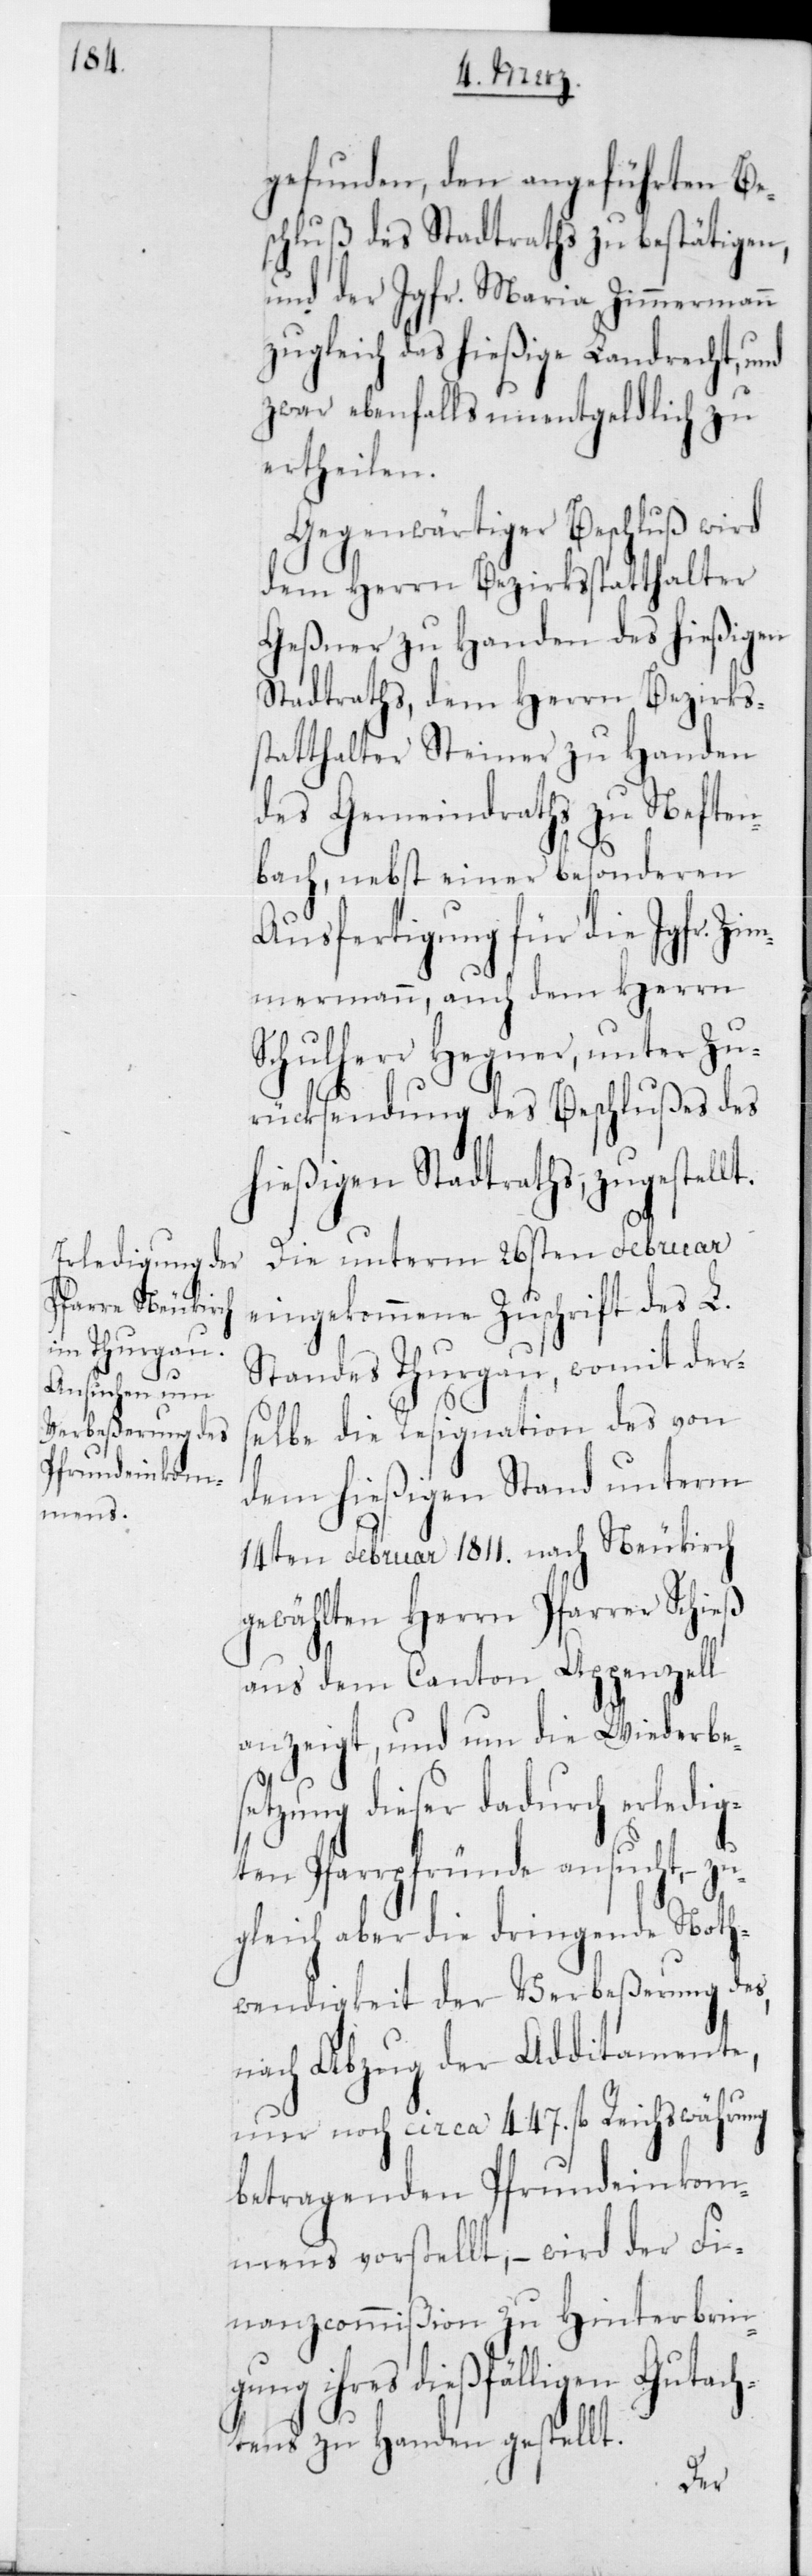
gefunden, den angeführten Be¬
schluß des Stadtraths zu bestätigen,
und der Jgfr. Maria Zimmermann
zugleich das hießige Landrecht, und
zwar ebenfalls unentgeldlich zu
ertheilen.
Gegenwärtiger Beschluß wird
dem Herrn Bezirksstatthalter
Geßner zu Handen des hießigen
Stadtraths, dem Herrn Bezirks¬
statthalter Steiner zu Handen
des Gemeindraths zu Neften¬
bach, nebst einer besonderen
Ausfertigung für die Jgfr. Zi¬
mmermann, auch dem Herrn
Schulherr Hegner, unter Zu¬
rücksendung des Beschlußes des
hießigen Stadtraths zugestellt.
Die unterm 26sten Februar
eingekommene Zuschrift des L.
Standes Thurgau, womit der¬
selbe die Resignation des von
dem hießigen Stand unterm
14ten Februar 1811 nach Neukirch
gewählten Herrn Pfarrer Schieß
aus dem Canton Appenzell
anzeigt, und um die Wiederbe¬
ser dadurch erledig¬
ten Pfarrpfründe ansucht, – zu¬
gleich aber die dringende Noth¬
wendigkeit der Verbeßerung des,
nach Abzug der Additamente,
nur noch circa 447 fl. Reichswährung
betragenden Pfrundeinkom¬
mens vorstellt, – wird der Fi¬
nanzcommißion zu Hinterbrin¬
gung ihres dießfälligen Gutach¬
tens zu Handen gestellt.